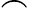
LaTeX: \frown